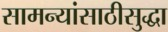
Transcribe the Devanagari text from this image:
सामन्यांसाठीसुद्धा